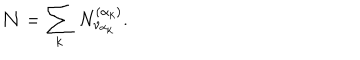
{ \mathcal N } = \sum _ { k } \, N _ { \nu _ { \alpha _ { k } } } ^ { ( \alpha _ { k } ) } .